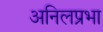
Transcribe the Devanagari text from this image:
अनिलप्रभा